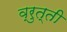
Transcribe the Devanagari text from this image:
व्रुत्ती